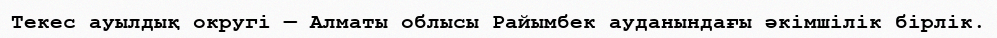
Текес ауылдық округі — Алматы облысы Райымбек ауданындағы әкімшілік бірлік.